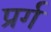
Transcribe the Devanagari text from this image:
प्रर्ग